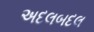
અદલબદલ